system: You are a helpful assistant.
user:
Analyze the provided spectrum to determine if it is a **S-type Star**.

- **Key Indicators for S-type Star:**

    - **(Overall Spectrum Shape):** The first and most obvious characteristic is the overall continuum (the "baseline" shape). It is **extremely "red-sloping,"** meaning the flux (light intensity) is very low on the left side (blue, ~4000-4500 Å) and rises steeply and continuously toward the right side (red, ~7000 Å+).

    - **(Primary):** The spectrum is defined by the presence of strong, broad molecular absorption "valleys" (bands) from **Zirconium Oxide (ZrO)**. The identification of these bands is the **primary requirement** for classifying a star as S-type.
        - **(Key Bandheads):** You must find distinct, deep "dips" where the light has been absorbed. The most critical band systems to locate are:
            - **~6474 Å** ($\gamma$-system): This is often the strongest and clearest ZrO feature, found in the red part of the spectrum.
            - **~5718 Å** & **~5551 Å** ($\beta$-system): A pair of prominent absorption features in the yellow-orange part of the spectrum.
            - **~4640 Å** ($\alpha$-system): A key absorption band system in the blue-green region of the spectrum.

    - **(Secondary Confirmation):** The classification is strengthened by finding additional absorption bands from other related heavy element oxides, which are expected to be present alongside ZrO.
        - **(Key Bandheads):**
            - **Yttrium Oxide (YO):** Look for absorption dips near **~4800 Å** and **~6100 Å**.
            - **Lanthanum Oxide (LaO):** Additional absorption features, particularly in the red-orange part of the spectrum, are also characteristic.

    - **(Line Profile):** The combination of the steep red continuum and these numerous, deep molecular bands (ZrO, YO, etc.) gives the entire spectrum a very **"chopped-up"** or **"bumpy"** appearance. Instead of a smooth curve, the spectrum looks as though large, wide chunks of light have been "carved out" of it at the specific wavelengths listed above.

Think first, call **spectral_visualization_tool** if needed to examine features in detail, then provide your final answer. Your response must adhere to the following strict rules:
1.  **Overall Structure:** Your response must follow the format `<think>...</think> <tool_call>...</tool_call> (if a tool is used) <answer>...</answer>`.
2.  **Tool Usage Constraint:** You may only make **one** tool call per turn.
3.  **Final Answer Format:** In the `<answer>` tag, your conclusion must be inside a `\boxed{}` command (e.g., `\boxed{YES}` or `\boxed{NO}`), followed by your justification.

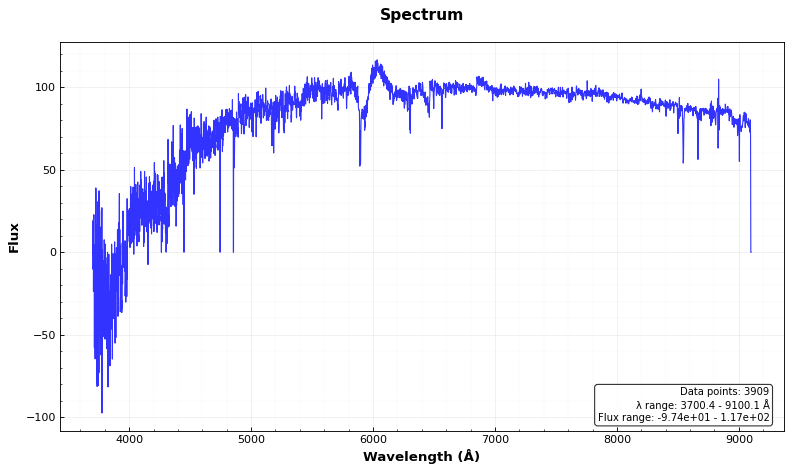
Answer: NO